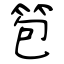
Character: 笣